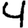
Digit: 4